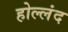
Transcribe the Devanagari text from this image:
होल्लंद